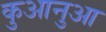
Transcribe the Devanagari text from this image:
कुआनुआ